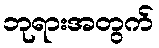
ဘုရားအတွက်